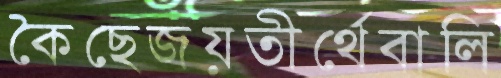
কৈছেজয়তীর্থেবালি